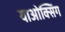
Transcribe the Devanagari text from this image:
याओक्सिंग